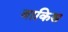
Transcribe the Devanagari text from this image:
बाकिस